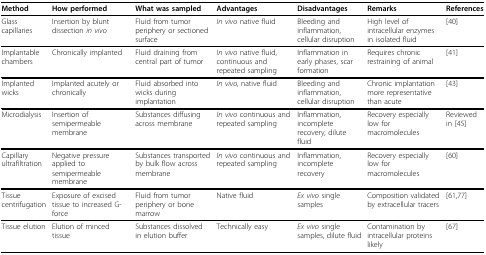
<table><thead><tr><td><b>Method</b></td><td><b>How performed</b></td><td><b>What was sampled</b></td><td><b>Advantages</b></td><td><b>Disadvantages</b></td><td><b>Remarks</b></td><td><b>References</b></td></tr></thead><tbody><tr><td>Glass capillaries</td><td>Insertion by blunt dissection <i>in vivo</i></td><td>Fluid from tumor periphery or sectioned surface</td><td><i>In vivo </i>native fluid</td><td>Bleeding and inflammation, cellular disruption</td><td>High level of intracellular enzymes in isolated fluid</td><td>[40]</td></tr><tr><td>Implantable chambers</td><td>Chronically implanted</td><td>Fluid draining from central part of tumor</td><td><i>In vivo </i>native fluid, continuous and repeated sampling</td><td>Inflammation in early phases, scar formation</td><td>Requires chronic restraining of animal</td><td>[41]</td></tr><tr><td>Implanted wicks</td><td>Implanted acutely or chronically</td><td>Fluid absorbed into wicks during implantation</td><td><i>In vivo</i>, native fluid</td><td>Bleeding and inflammation, cellular disruption</td><td>Chronic implantation more representative than acute</td><td>[43]</td></tr><tr><td>Microdialysis</td><td>Insertion of semipermeable membrane</td><td>Substances diffusing across membrane</td><td><i>In vivo </i>continuous and repeated sampling</td><td>Inflammation, incomplete recovery, dilute fluid</td><td>Recovery especially low for macromolecules</td><td>Reviewed in [45]</td></tr><tr><td>Capillary ultrafiltration</td><td>Negative pressure applied to semipermeable membrane</td><td>Substances transported by bulk flow across membrane</td><td><i>In vivo </i>continuous and repeated sampling</td><td>Inflammation, incomplete recovery</td><td>Recovery especially low for macromolecules</td><td>[60]</td></tr><tr><td>Tissue centrifugation</td><td>Exposure of excised tissue to increased G-force</td><td>Fluid from tumor periphery or bone marrow</td><td>Native fluid</td><td><i>Ex vivo </i>single samples</td><td>Composition validated by extracellular tracers</td><td>[61,77]</td></tr><tr><td>Tissue elution</td><td>Elution of minced tissue</td><td>Substances dissolved in elution buffer</td><td>Technically easy</td><td><i>Ex vivo </i>single samples, dilute fluid</td><td>Contamination by intracellular proteins likely</td><td>[67]</td></tr></tbody></table>